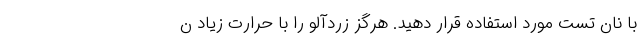
با نان تست مورد استفاده قرار دهید. هرگز زردآلو را با حرارت زیاد ن